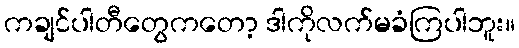
ကချင်ပါတီတွေကတော့ ဒါကိုလက်မခံကြပါဘူး။